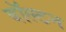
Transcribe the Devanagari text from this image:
बॉल्टन